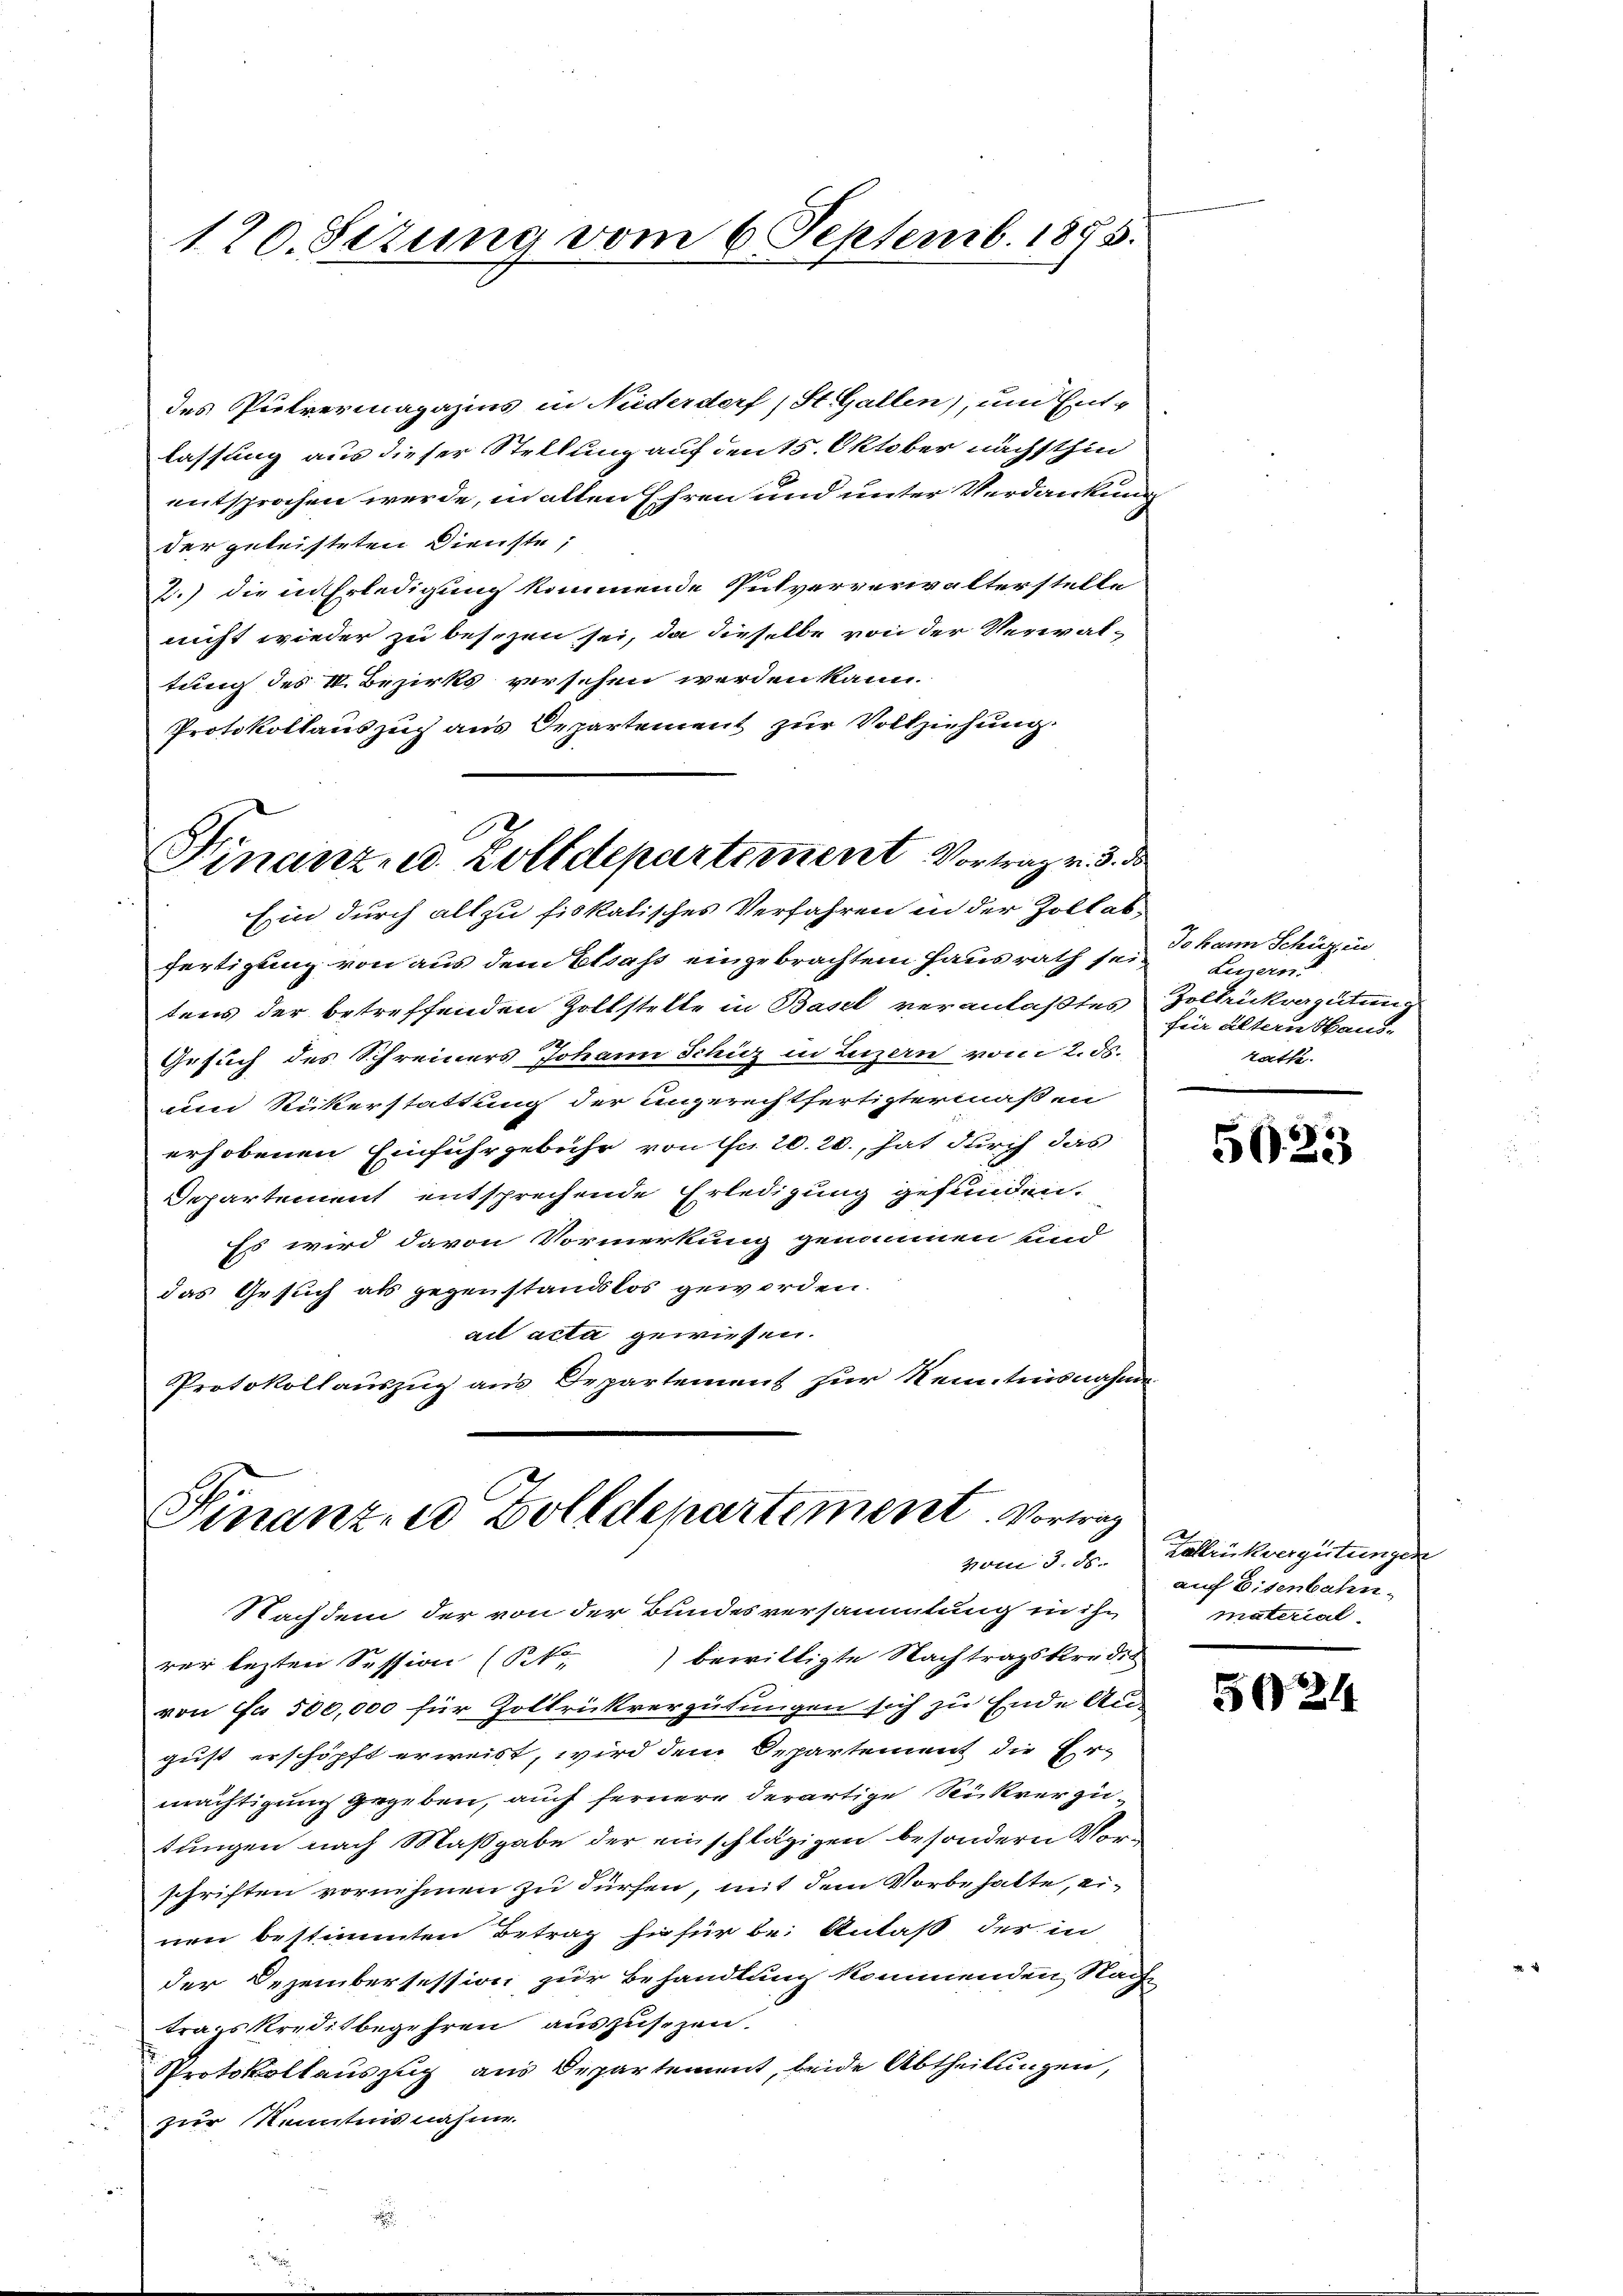
des Pulvermagazins in Niederdorf, St. Gallen), und Ent-
lassung aus dieser Stellung auf den 15. Oktober nächsthin
entsprochen werde, in allen Ehren und unter Verdankung
der geleisteten Dienste,
2.) die in Erledigung kommende Pulververwalterstelle
nicht wieder zu besizen sei, da dieselbe von der Verwaltung des II. Bezirks versehen werden kann.
Protokollauszug aus Departement zur Vollziehung.
12

120. Sezung vom 6. Septemb. 1875.

Finanz- u. Zolldepartement Vortrag v. 3. de

Ein durch allzu fiskatisches Verfahren in der Zollabfertigung von aus dem Elsass eingebrachtem Hausrath sei-
tens der betreffenden Zollstelle in Basel veranlaßtes Zollenkrautung
Gesuch des Schreiners Johann Schüz in Luzern von 2. ds.
um Rickerstattung der angerechtfertigtermaßen
erhobenen Einfuhrgebühr von die 20. 20., hat durch das
Departement entsprechende Erledigung gefunden.
Es wird davon Vormerkung genommen sind
das Gesuch als gegenstandslos geworden.
ad acta gewiesen.
Protokollauszug aus Departement zur Kenntnisnahme

Finanze Zolldepartement. Vortrag
vom 3. ds.

Nachdem der von der Bundesversammlung in ihr
rer lezten Session (Sck.) bewilligte Nachtragskredit
von ca 500,000 für Zoltrückvergütungen sich zu Ende Au-
gust erschöpft erweist, wird dem Departement die Er-
mächtigung gegeben, auch fernere derartige Rükrer zu
tungen nach Maßgabe der einschlägigen besondern Vorschriften vornehmen zu dürfen, mit dem Vorbehalte, einen bestimmten Betrag hiefür bei Anlaß der in
der Dezembersession zur Behandlung kommenden Nach-
tragskreditbegehren auszusezen.
Protokollauszug aus Departement, beide Abtheilungen,
zur Kenntnisnahme.

Johann Schüzin
Luzern.
für ältern Stand-
tath.

50. 23

Zallikvergütungen
auf Eisenbahn-
material.

5024